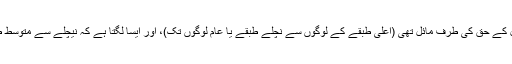
برطانوی پالیسی تعلیم کے فلٹریشن کے اصول کے حق کی طرف مائل تھی (اعلیٰ طبقے کے لوگوں سے نچلے طبقے یا عام لوگوں تک)، اور ایسا لگتا ہے کہ نیچلے سے متوسط طبقے میں داخلے کو روکنے کی کوشش تھی۔